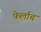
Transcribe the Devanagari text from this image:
फेर्लाच